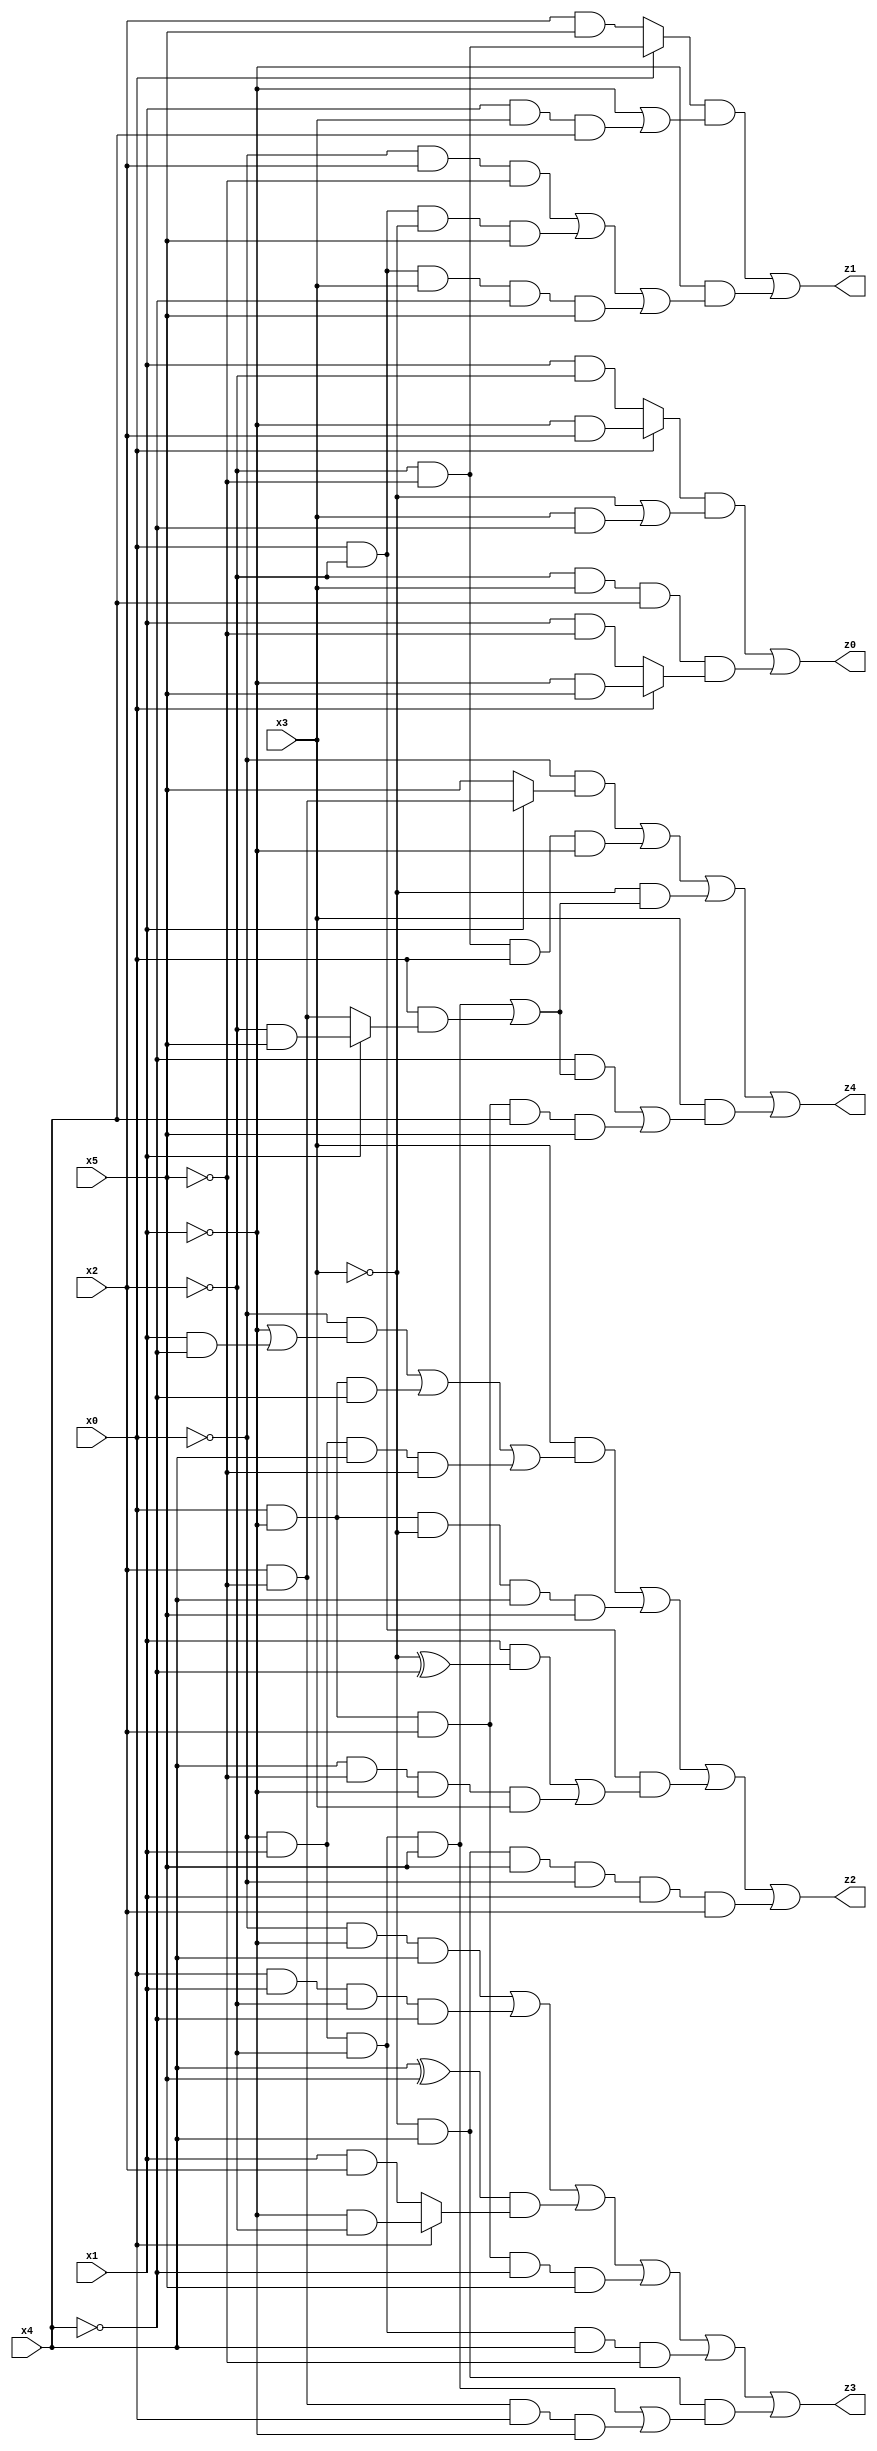
// Benchmark "res" written by ABC on Sat Jul 08 16:02:23 2023

module res ( 
    x0, x1, x2, x3, x4, x5,
    z0, z1, z2, z3, z4  );
  input  x0, x1, x2, x3, x4, x5;
  output z0, z1, z2, z3, z4;
  assign z0 = ((x0 ? (~x1 & x2) : (x1 & ~x2)) & (~x3 | (x3 & ~x4))) | (~x2 & x3 & x4 & (x0 ? (~x1 & x5) : (x1 & ~x5)));
  assign z1 = ((x0 ? (~x2 & ~x5) : (x2 & x5)) & (~x1 | (x1 & x3 & x4))) | (~x1 & ((~x0 & x2 & ~x5) | (x0 & ~x2 & ~x3 & x5) | (x0 & ~x2 & x3 & ~x4 & x5)));
  assign z2 = (x3 & ((~x0 & (~x1 | (x1 & ~x4))) | (x0 & ~x1 & ~x4) | (~x0 & x1 & x4 & ~x5))) | (x0 & ~x1 & ~x3 & x4 & x5) | (x0 & ~x2 & ((x1 & (~x3 ^ ~x4)) | (x4 & ~x5 & ~x1 & x3))) | (~x3 & x4 & x5 & ~x0 & x1 & x2);
  assign z3 = (~x0 & ~x1 & x4) | (x0 & x1 & ~x2 & ~x4) | ((x4 ^ x5) & (x0 ? (~x1 & ~x2) : (x1 & x2))) | (x0 & ~x1 & x2 & ~x4 & x5) | (~x0 & x1 & ~x2 & x4 & ~x5) | (~x3 & x4 & ((~x0 & x1 & ~x2 & x5) | (x2 & ~x5 & x0 & ~x1)));
  assign z4 = (~x0 & (x1 ? (x2 & ~x5) : x5)) | (~x2 & ~x5 & x0 & ~x1) | (~x3 & ((~x0 & x1 & ~x2 & x5) | (x0 & (x1 ? (~x2 & x5) : (x2 & ~x5))))) | (x3 & ((~x4 & ((~x0 & x1 & ~x2 & x5) | (x0 & (x1 ? (~x2 & x5) : (x2 & ~x5))))) | (x0 & ~x1 & x2 & x4 & x5)));
endmodule